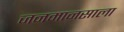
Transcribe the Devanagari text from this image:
जनमानसाला